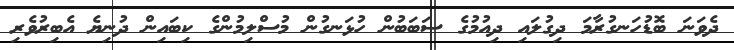
ދެވަނަ ބޮޑުހަނގުރާމަ ދިގުލައި ދިއުމުގެ ސަބަބުން ހުޅަނގުން މުސްލިމުންގެ ކިބައިން ދުނިޔެ އެބިރުވެރި